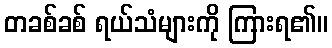
တခစ်ခစ် ရယ်သံများကို ကြားရ၏။